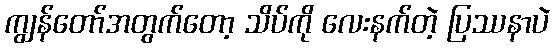
ကျွန်တော်အတွက်တော့ သိပ်ကို လေးနက်တဲ့ ပြဿနာပဲ